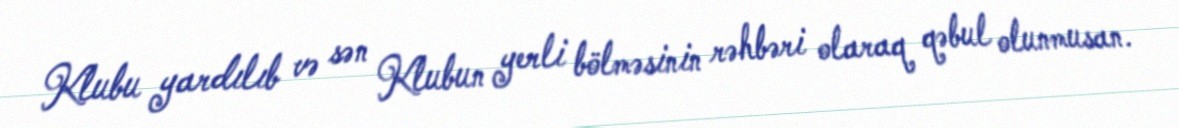
Klubu yardılıb və sən Klubun yerli bölməsinin rəhbəri olaraq qəbul olunmusan.